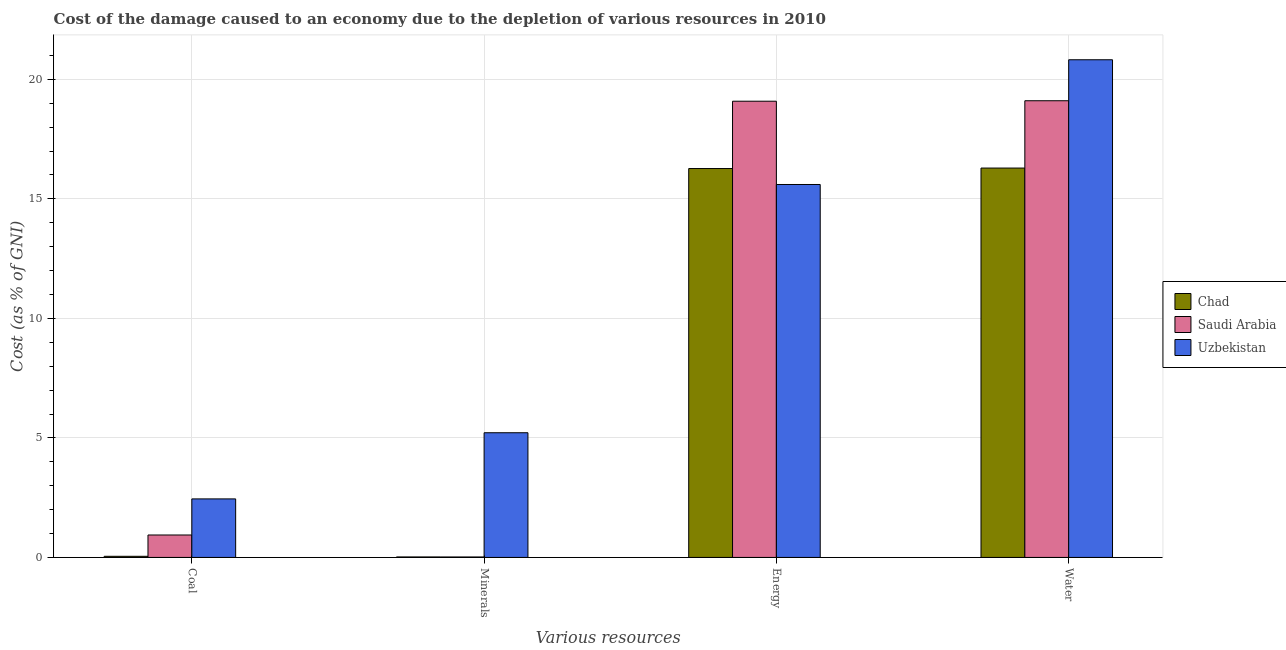
| Various resources | Chad | Saudi Arabia | Uzbekistan |
 | --- | --- | --- | --- |
 | Coal | 0.0472 | 0.938 | 2.45 |
 | Minerals | 0.02 | 0.0191 | 5.22 |
 | Energy | 16.3 | 19.1 | 15.6 |
 | Water | 16.3 | 19.1 | 20.8 |